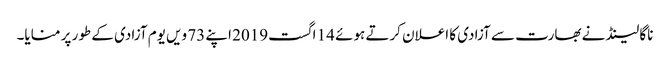
ناگا لینڈ نے بھارت سے آزادی کا اعلان کرتے ہوئے 14 اگست2019 اپنے 73 ویں یوم آزادی کے طور پر منایا۔